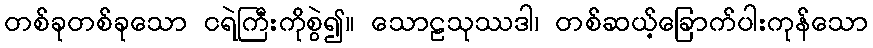
တစ်ခုတစ်ခုသော ငရဲကြီးကိုစွဲ၍။ သောဠသုဿဒါ၊ တစ်ဆယ့်ခြောက်ပါးကုန်သော